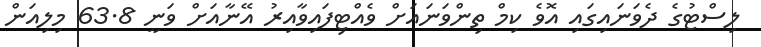
ލިސްޓުގެ ދެވަނައިގައި އޮވެ ކިމް ތިންވަނައަށް ވެއްޓިފައިވާއިރު އޭނާއަށް ވަނީ 63.8 މިލިއަން